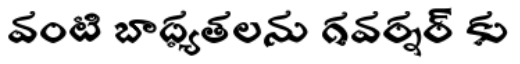
వంటి బాధ్యతలను గవర్నర్ కు